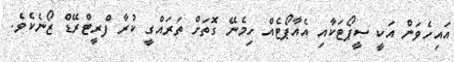
އައިހެވަން އަކީ ސީޕޯޓަކާއި އެއާޕޯޓެއް ހިމެނޭ ގޮތަށް ތަރައްގީ ކުރާ ފްރީޓްރޭޑް ޒޯނެކެވެ.